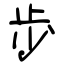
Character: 歩